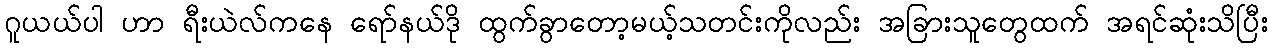
ဂူယယ်ပါ ဟာ ရီးယဲလ်ကနေ ရော်နယ်ဒို ထွက်ခွာတော့မယ့်သတင်းကိုလည်း အခြားသူတွေထက် အရင်ဆုံးသိပြီး